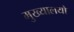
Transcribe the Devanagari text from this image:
मुख्यालयो